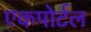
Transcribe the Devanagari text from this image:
एकपोर्टल